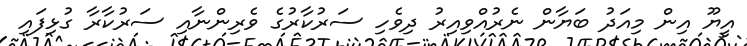
އީޔޫ އިން މިއަދު ބަޔާން ނެރުއްވިއިރު ދިވެހި ސަރުކާރުގެ ވެރިންނާއި ސަރުކާރާ ގުޅިފައި